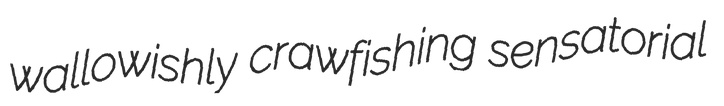
wallowishly crawfishing sensatorial